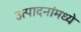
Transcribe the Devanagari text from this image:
उत्पादनांमध्‍ये